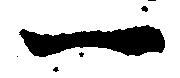
一